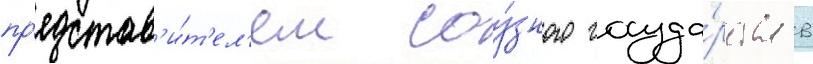
пр'едстав'и́т'ел'ем соу́зного госуда́рства в